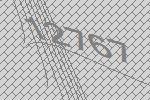
12767